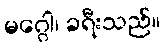
မဂ္ဂေါ၊ ခရီးသည်။